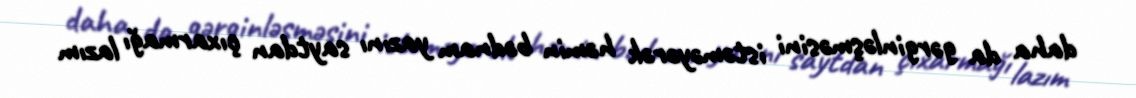
daha da gərginləşməsini istəməyərək həmin bədnam yazını saytdan çıxarmağı lazım